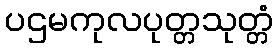
ပဌမကုလပုတ္တသုတ္တံ